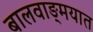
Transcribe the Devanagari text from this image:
बालवाङ्‌मयात